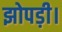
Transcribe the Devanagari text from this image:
झोपड़ी।